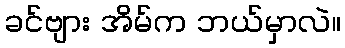
ခင်ဗျား အိမ်က ဘယ်မှာလဲ။